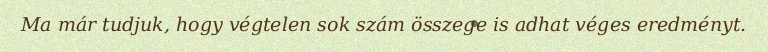
Ma már tudjuk, hogy végtelen sok szám összege is adhat véges eredményt.